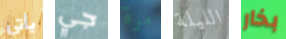
يأتي جي مرة الليلة بخار